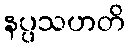
နပ္ပသဟတိ